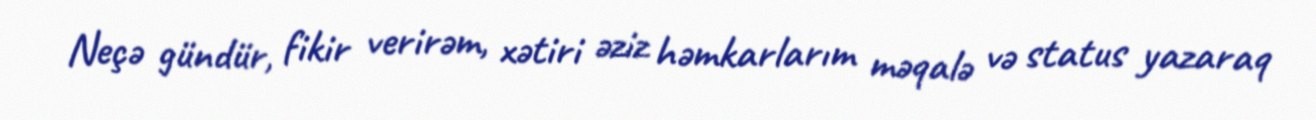
Neçə gündür, fikir verirəm, xətiri əziz həmkarlarım məqalə və status yazaraq